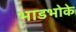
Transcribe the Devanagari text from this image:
भाडभोके